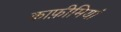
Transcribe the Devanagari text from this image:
काफ़ीमियां